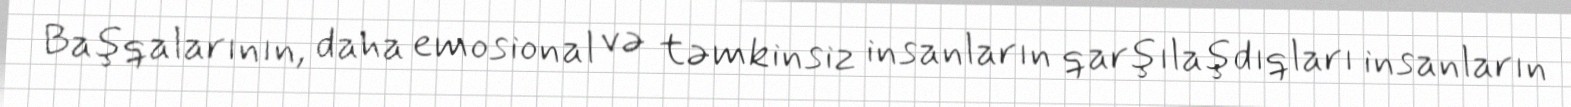
Başqalarının, daha emosional və təmkinsiz insanların qarşılaşdıqları insanların